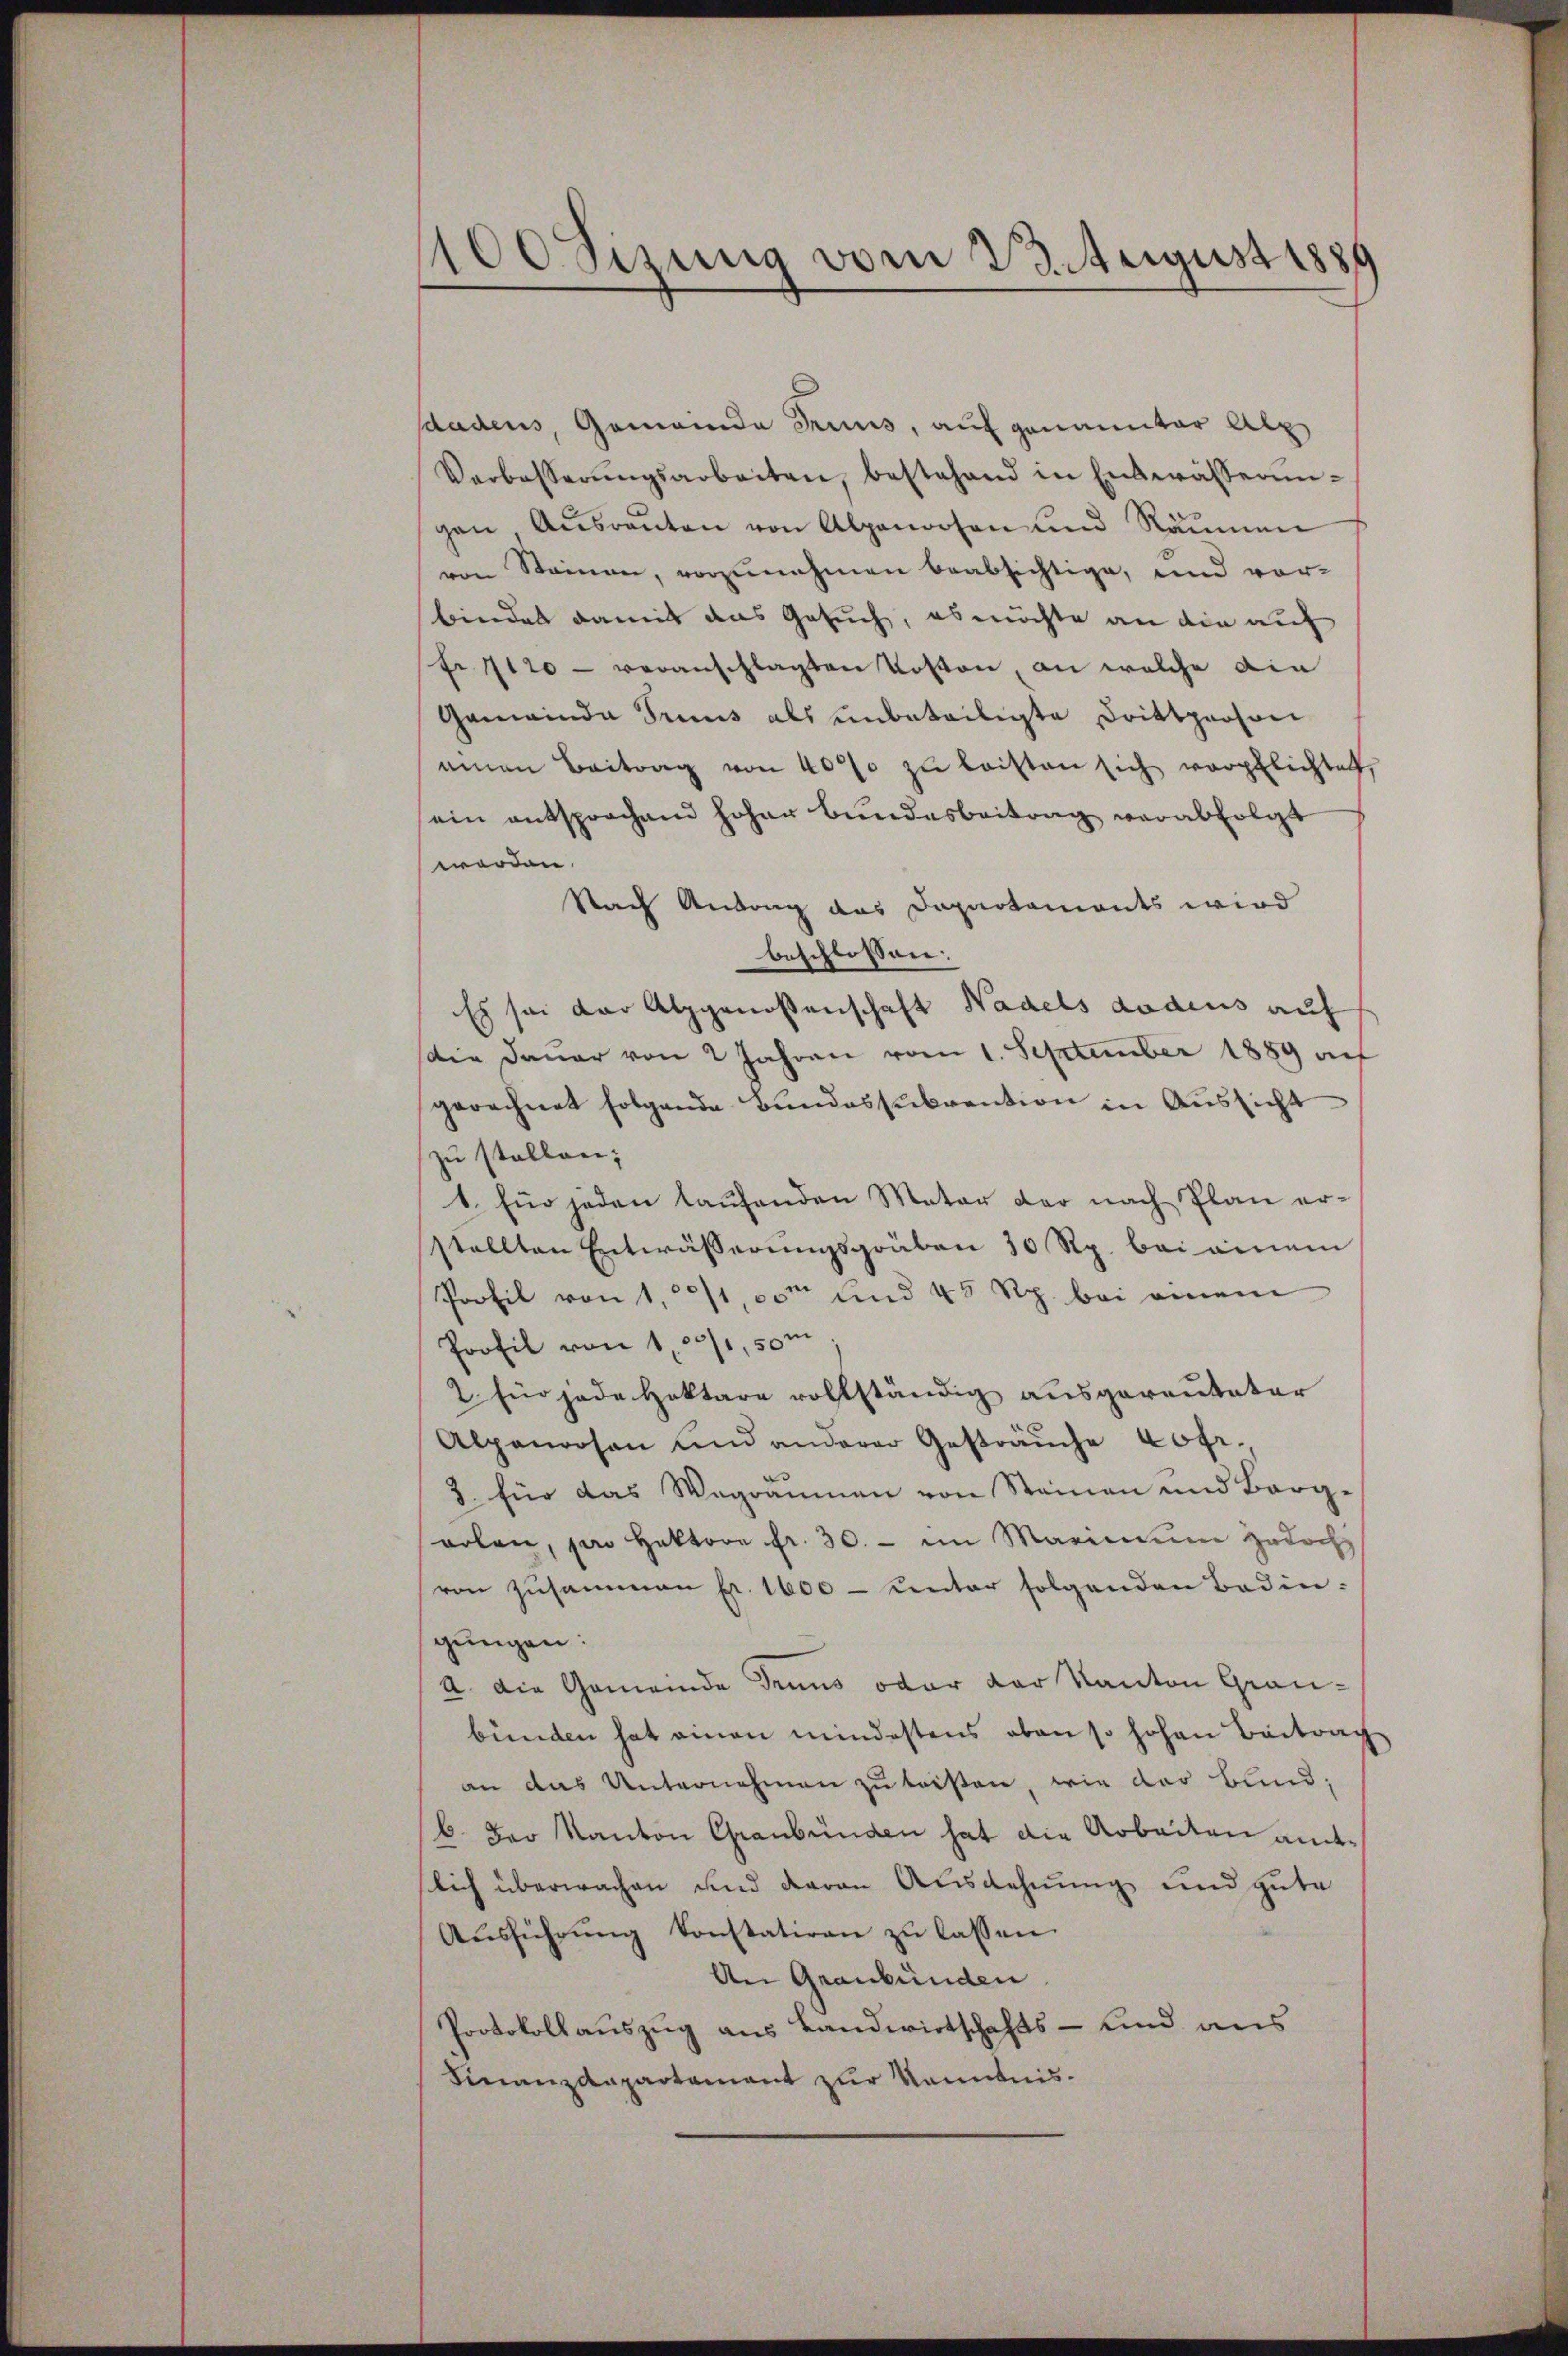
100 sizung vom 23. August 1889

sdadens, Gemeinde Trius, auf genannter Alp
Verbesserŭngsarbeiten, bestehend in Entwässerun-
gen Aŭsraŭten von Alpenossen und Räumen
von Steinen, vorzunehmen beabsichtige, und vor-
bindet damit das Gesuch, es möchte an die auf
fr 1120 - veranschlagten Kosten, an welche die
Gemeinde Trius als unbeteiligte Drittperson
ainen Beitrag von 400 zŭ leisten sich verpflichtet,
sein entsprochend hoher Bundesbeitrag verabfolgt
worden.
Nach Antrag das Dapartements wird
beschlossen:
Es sei der Alpgenossenschaft Nadels Lodens auf
ie Dauer von 2 Jahren vom 1. September 1889 auf
gerechnet folgende Bundessubvention in Aussicht
zu stellen;
1. Ein jeden laufenden Mater der nach Plan erstellten Entwässerungsgräben 30 Rp. bei einem
Poofil von 1,100m und 45 Rp. bei einem
Profil von 100/1, 50m
2 Ein jede Hoktare vollständig ausgereuteter
Alpenrosen und anderer Gesträuche Cofr.
2. für das Wegräumen von Steinen und Borg-
orben, den Hektore fr. 30. - im Marin jedoch
von zusammen pr. 1600 - unter folgenden Bedingungen:
a. Die Gemeinde Denus oder der Kanton Graubünden hat einen mindestens oben so hohen Beitrach
an das Unternehmen zu leisten, wie das bund,
/6. Der Kanton Graubünden hat die Arbeiten amtslich überwachen und daran Ausdehnung und gute
Aŭsführŭng konstatiren zŭ lassen.
An Graubünden
Protokollauszug aus Landwirtschafts- und aus
Finanzdepartament zur Kenntnis¬